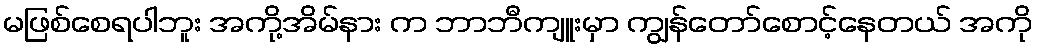
မဖြစ်စေရပါဘူး အကို့အိမ်နား က ဘာဘီကျူးမှာ ကျွန်တော်စောင့်နေတယ် အကို